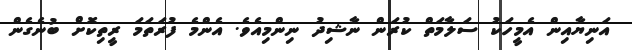
އަނިޔާއިން އެމީހަކު ސަލާމަތް ކުރަން ނާޝިދު ނިންމިއެވެ. އެންމެ ފުރަތަމަ ރީތިކޮށް ބުނެގެން